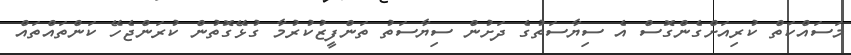
މަސައްކަތް ކުރިއަށްގެންގޮސް އެ ސިޔާސަތުގެ ދަށުން ސިޔާސަތު ތަންފީޒުކުރުމާ ގުޅޭގޮތުން ކުރަންޖެހޭ ކަންތައްތައް